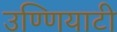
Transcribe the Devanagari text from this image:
उण्णियाटी